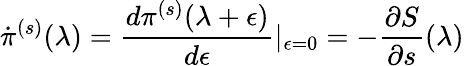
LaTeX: \dot{\pi}^{(s)}(\lambda)=\frac{d\pi^{(s)}(\lambda+\epsilon)}{d\epsilon}\vert_{\epsilon=0}=-\frac{\partial S}{\partial s}(\lambda)